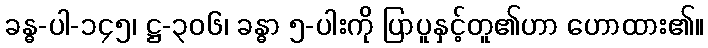
ခန္ဓ-ပါ-၁၄၅၊ ဋ္ဌ-၃၀၆၊ ခန္ဓာ ၅-ပါးကို ပြာပူနှင့်တူ၏ဟာ ဟောထား၏။